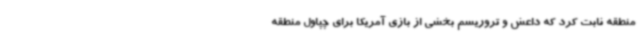
منطقه ثابت کرد که داعش و تروریسم بخشی از بازی آمریکا برای چپاول منطقه